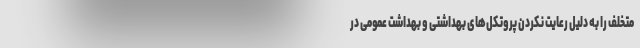
متخلف را به دلیل رعایت نکردن پروتکل‌های بهداشتی و بهداشت عمومی در